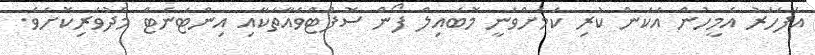
އެފަހަރު އެމީހުން އެކަން ކުރި ކަމަށްވަނީ މޮބައިލް ފޯން ސޮފްޓްވެއާތަކާއި އިންޓަނެޓް މެދުވެރިކޮށެވެ.